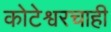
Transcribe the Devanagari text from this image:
कोटेश्वरचाही